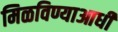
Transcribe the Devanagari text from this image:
मिळविण्याआधी